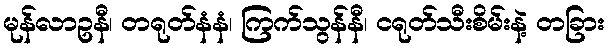
မုန်လာဥနီ၊ တရုတ်နံနံ၊ ကြက်သွန်နီ၊ ငရုတ်သီးစိမ်းနဲ့ တခြား